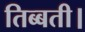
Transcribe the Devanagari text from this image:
तिब्बती।